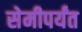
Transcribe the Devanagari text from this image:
सेमीपर्यंत